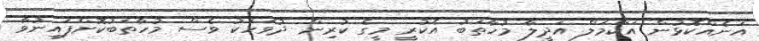
އަނެއްކޮޅުން އަކްމަލް އަދީލާ މުހާތަބު އެކުރީ މީގެ ކުރިން ދުވަހަކު ވެސް މުހާތަބުކޮށްފައިނުވާ